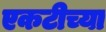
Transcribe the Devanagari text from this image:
एकटीच्या